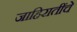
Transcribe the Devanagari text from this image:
जाहिरातींचे